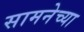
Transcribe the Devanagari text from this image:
सामनेच्या